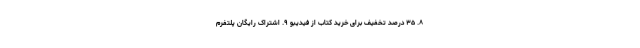
۸. ۳۵ درصد تخفیف برای خرید کتاب از فیدیبو ۹. اشتراک رایگان پلتفرم